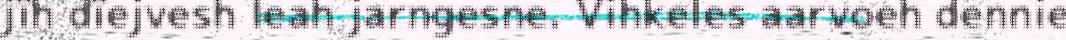
jïh dïejvesh leah jarngesne. Vihkeles aarvoeh dennie